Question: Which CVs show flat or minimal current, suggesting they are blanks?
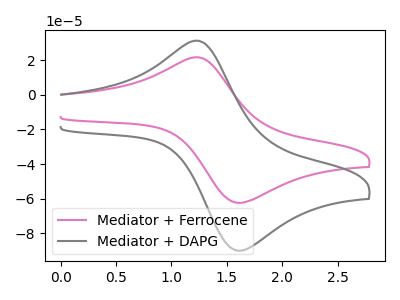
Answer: <think>The pink curve "Mediator + Ferrocene" has an anodic peak at (1.25V, 21.60uA) and a cathodic peak at (1.65V, -62.15uA). The gray curve "Mediator + DAPG" has an anodic peak at (1.25V, 31.15uA) and a cathodic peak at (1.65V, -89.60uA).</think>
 <answer>There are not any CV's on this graph that are likely to be blanks.</answer>
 <eval>none</eval>